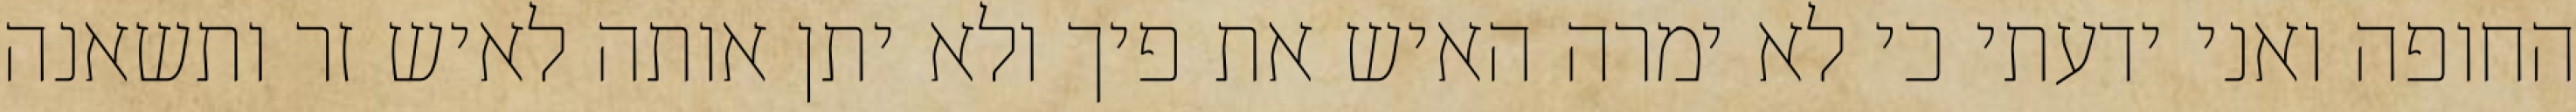
החופה ואני ידעתי כי לא ימרה האיש את פיך ולא יתן אותה לאיש זר ותשאנה